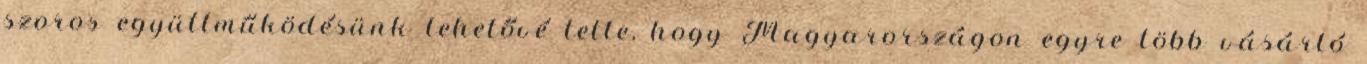
szoros együttműködésünk lehetővé tette, hogy Magyarországon egyre több vásárló